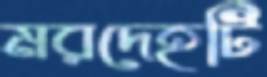
মরদেহটি